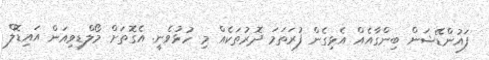
ފައުންޑޭޝަން ބިންގާއެއް އެޅިގެން ފުރަތަމަ ދޮރުތަކެއް މި ހުޅުވެނީ. އެގޮތަށް މޯލްޑިވިއަން އައިޑޮލް